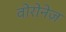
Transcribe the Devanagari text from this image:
वोरोनेज़